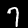
Label: 7